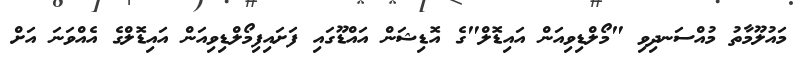
މައުލޫމާތު މުއްސަނދިވި "މޯލްޑިވިއަން އައިޑޮލް"ގެ އޮޑިޝަން އައްޑޫގައި ފަށައިފިމޯލްޑިވިއަން އައިޑޮލްގެ އެއްވަނަ އަށް